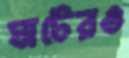
ঘাটেরও